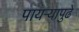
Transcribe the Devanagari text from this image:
पायऱ्यापुढे